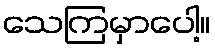
သေကြမှာပေါ့။